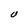
Character: U